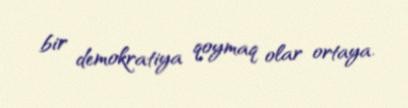
bir demokratiya qoymaq olar ortaya.